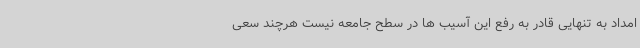
امداد به تنهایی قادر به رفع این آسیب ها در سطح جامعه نیست هرچند سعی